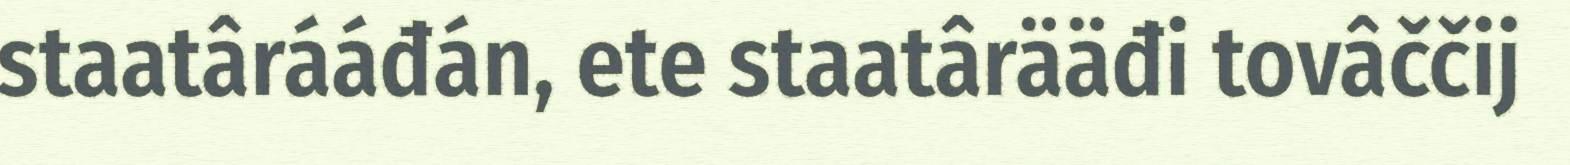
staatârááđán, ete staatârääđi tovâččij